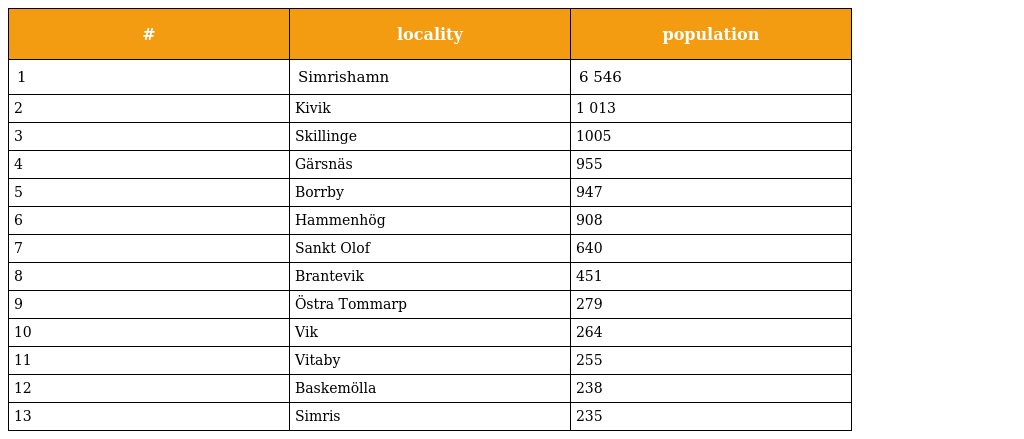
| # | locality | population |
 | --- | --- | --- |
 | 1 | Simrishamn | 6 546 |
 | 2 | Kivik | 1 013 |
 | 3 | Skillinge | 1005 |
 | 4 | Gärsnäs | 955 |
 | 5 | Borrby | 947 |
 | 6 | Hammenhög | 908 |
 | 7 | Sankt Olof | 640 |
 | 8 | Brantevik | 451 |
 | 9 | Östra Tommarp | 279 |
 | 10 | Vik | 264 |
 | 11 | Vitaby | 255 |
 | 12 | Baskemölla | 238 |
 | 13 | Simris | 235 |